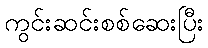
ကွင်းဆင်းစစ်ဆေးပြီး